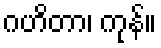
ဂဟိတာ၊ ကုန်။